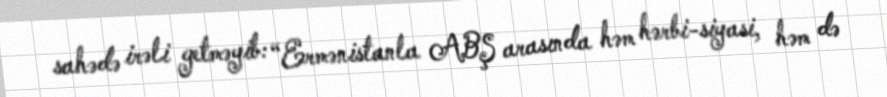
sahədə irəli getməyib: “Ermənistanla ABŞ arasında həm hərbi-siyasi, həm də